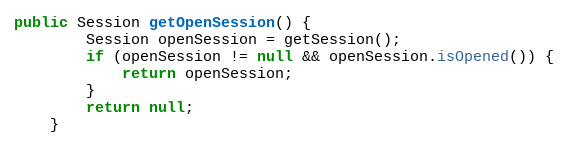
Language: Java
public Session getOpenSession() {
        Session openSession = getSession();
        if (openSession != null && openSession.isOpened()) {
            return openSession;
        }
        return null;
    }